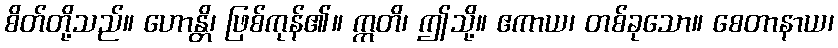
စိတ်တို့သည်။ ဟောန္တိ၊ ဖြစ်ကုန်၏။ ဣတိ၊ ဤသို့။ ဧကာယ၊ တစ်ခုသော။ စေတာနာယ၊